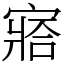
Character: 𡪗